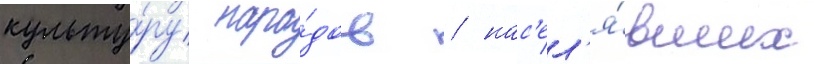
культу́ру наро́дов / нас'ел'я́вших